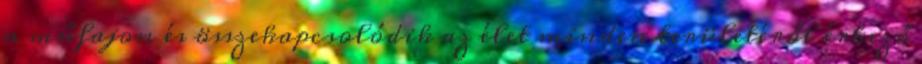
a műfajon és összekapcsolódik az élet minden területéről érkező